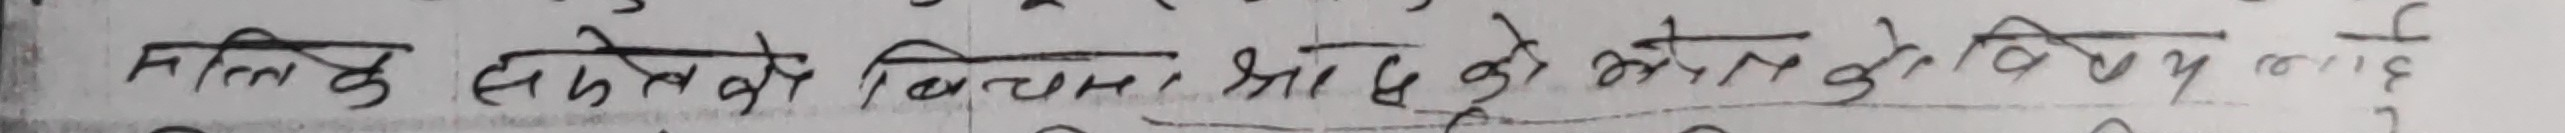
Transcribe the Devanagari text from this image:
मिलि के समृद्ध विकास? श्राद्ध को प्रोत्साहन को किरन लाग्यो